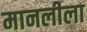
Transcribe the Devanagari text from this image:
मानलीला